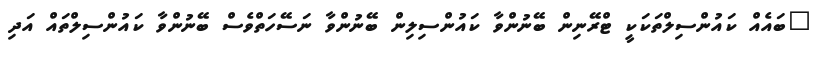
"ބައެއް ކައުންސިލްތަކަކީ ޓްރޭނިން ބޭނުންވާ ކައުންސިލިން ބޭނުންވާ ނަސޭހަތްވެސް ބޭނުންވާ ކައުންސިލްތައް އަދި